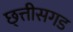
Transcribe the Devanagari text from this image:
छ्त्तीसगड